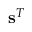
\mathbf { s } ^ { T }